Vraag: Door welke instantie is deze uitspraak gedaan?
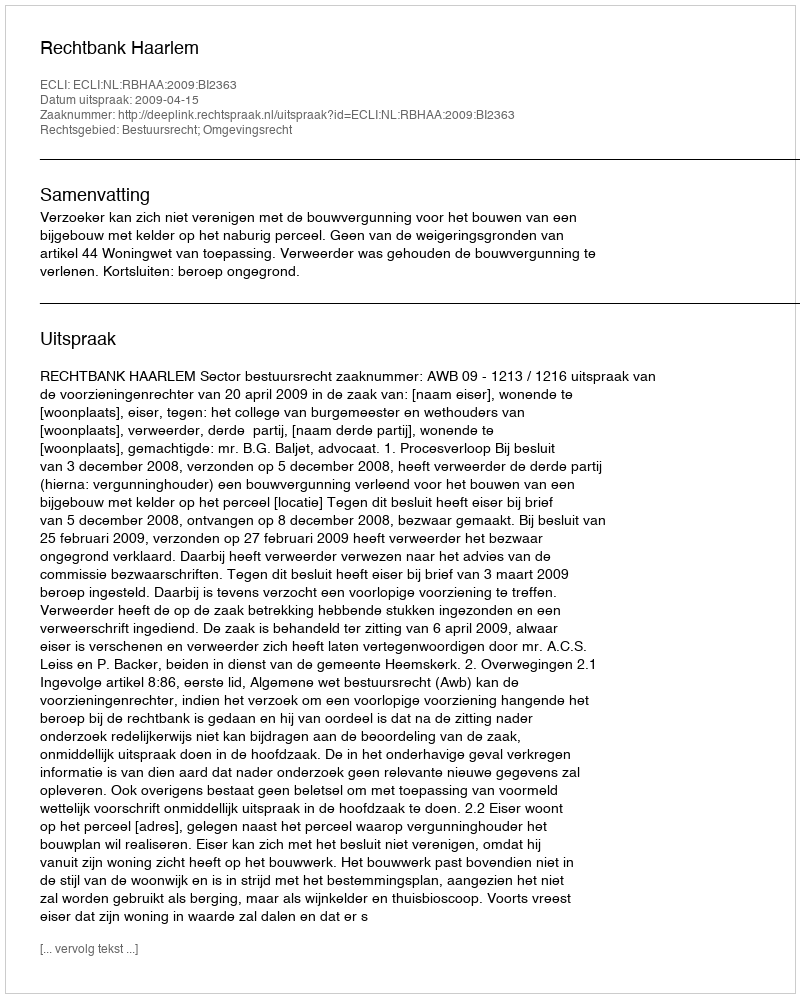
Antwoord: Rechtbank Haarlem